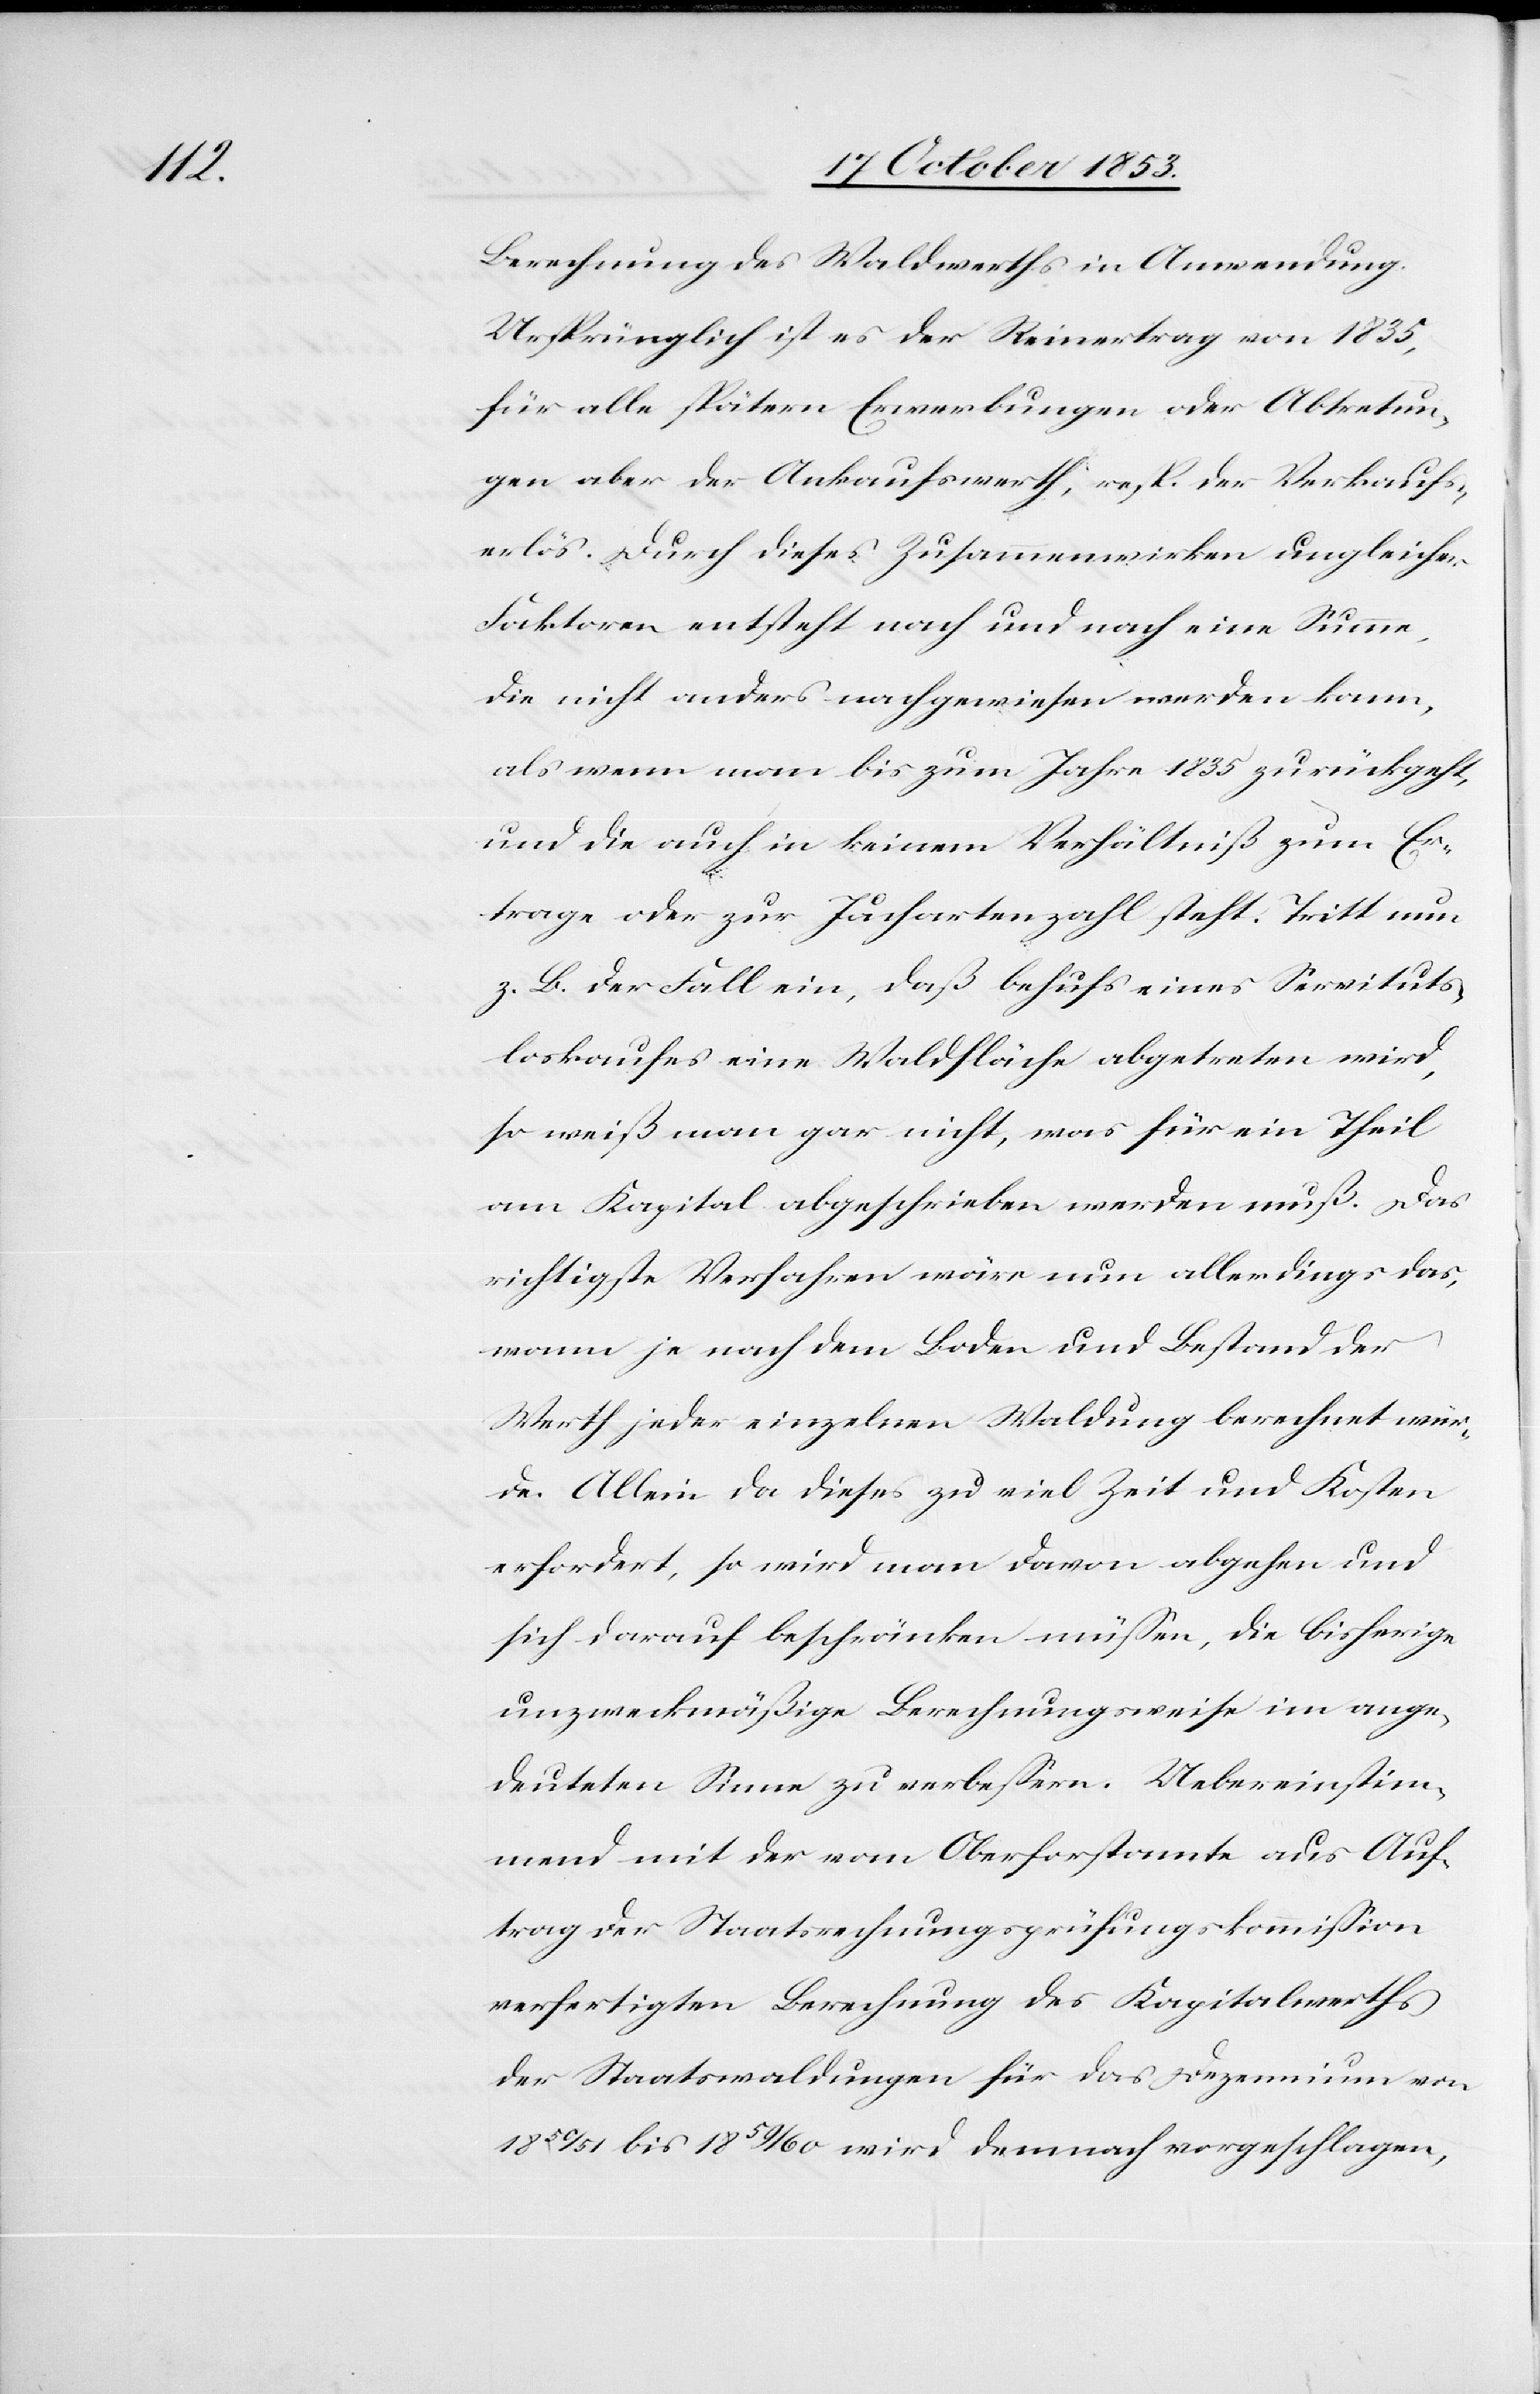
Berechnung des Waldwerths in Anwendung.
Ursprünglich ist es der Reinertrag von 1835,
für alle spätern Erwerbungen oder Abtretun¬
gen aber der Ankaufswerth, resp. der Verkaufs¬
erlös. Durch dieses Zusammenwirken ungleicher
Faktoren entsteht nach und nach eine Summe,
die nicht anders nachgewiesen werden kann,
als wenn man bis zum Jahre 1835 zurückgeht,
und die auch in keinem Verhältniß zum Er¬
trage oder zur Juchartenzahl steht. Tritt nun
z. B. der Fall ein, daß behufs eines Servituts¬
loskaufes eine Waldfläche abgetreten wird,
so weiß man gar nicht, was für ein Theil
am Kapital abgeschrieben werden muß. Das
wichtigste Verfahren wäre nun allerdings das,
wann je nach dem Boden und Bestand der
Werth jeder einzelnen Waldung berechnet wür¬
de. Allein da dieses zu viel Zeit und Kosten
erfordert, so wird man davon abgehen und
sich darauf beschränken müßen, die bisherige
unzweckmäßige Berechnungsweise im ange¬
deuteten Sinne zu verbeßern. Uebereinstim¬
mend mit der vom Oberforstamte aus Auf¬
trag der Staatsrechnungsprüfungskommißion
verfertigten Berechnung des Kapitalwerths
der Staatswaldungen für das Dezennium von
1850/51 bis 1859/60 wird demnach vorgeschlagen,